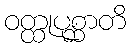
ဝတ္ထုပုစ္ဆာတိ